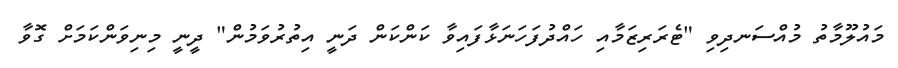
މައުލޫމާތު މުއްސަނދިވި "ޓެރަރިޒަމާއި ހައްދުފަހަނަޅާފައިވާ ކަންކަން ދަނީ އިތުރުވަމުން" ދީނީ މިނިވަންކަމަށް ގޮވާ